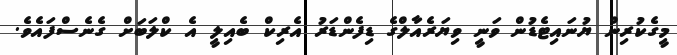
މީގެކުރިން ޔުނައިޓެޑުން ވަނީ ވިޔަރެއާލްގެ ޑިފެންޑަރު އެރިކް ބެއިލީ އެ ކްލަބަށް ގެނެސްފައެވެ.